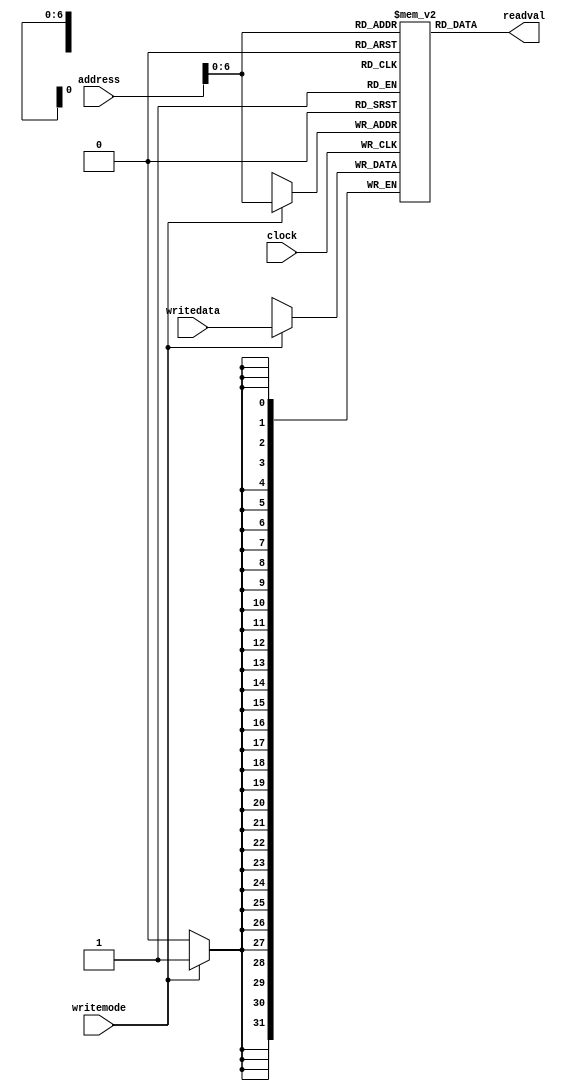
module memory # (parameter SIZE = 128) (
    input wire    clock, writemode,
    input [31:0]  writedata,
    input [31:0]  address,
    output [31:0] readval
);

    reg [31:0] ram[0:SIZE-1];

    assign readval = ram[address];

    always @ (posedge clock) begin
        if (writemode) ram[address] <= writedata;
    end

endmodule